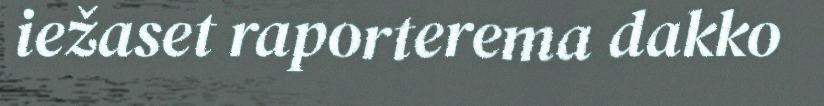
iežaset raporterema dakko